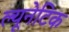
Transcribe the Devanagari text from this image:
ल्यूनेटिक